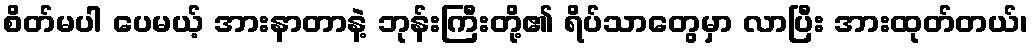
စိတ်မပါ ပေမယ့် အားနာတာနဲ့ ဘုန်းကြီးတို့၏ ရိပ်သာတွေမှာ လာပြီး အားထုတ်တယ်၊